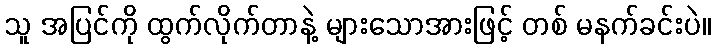
သူ အပြင်ကို ထွက်လိုက်တာနဲ့ များသောအားဖြင့် တစ် မနက်ခင်းပဲ။